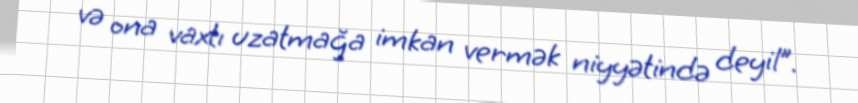
və ona vaxtı uzatmağa imkan vermək niyyətində deyil”.